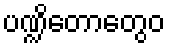
ပဏ္ဍိတောတွေဝ